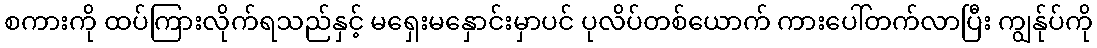
စကားကို ထပ်ကြားလိုက်ရသည်နှင့် မရှေးမနှောင်းမှာပင် ပုလိပ်တစ်ယောက် ကားပေါ်တက်လာပြီး ကျွန်ုပ်ကို